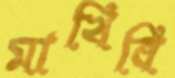
মাখিবি